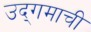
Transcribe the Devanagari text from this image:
उद्‌गमाची